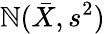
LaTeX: \mathbb{N}({\bar{{X}}},s^{2})